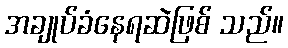
အချုပ်ခံနေရဆဲဖြစ် သည်။